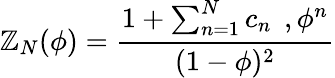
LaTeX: \mathbb{Z}_{N}(\phi)=\frac{{1+\sum_{n=1}^{N}c_{n}\, \; ,\phi^{n}}}{{(1-\phi)^{2}}}